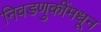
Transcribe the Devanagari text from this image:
निवडणुकींमधून